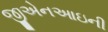
જીએનઆઇની